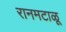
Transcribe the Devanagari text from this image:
रानमटाळू